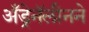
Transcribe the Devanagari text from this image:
अँड्रेनॅलीनने